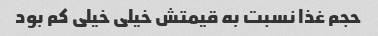
حجم غذا نسبت به قیمتش خیلی خیلی کم بود